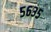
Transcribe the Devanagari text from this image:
५६३५